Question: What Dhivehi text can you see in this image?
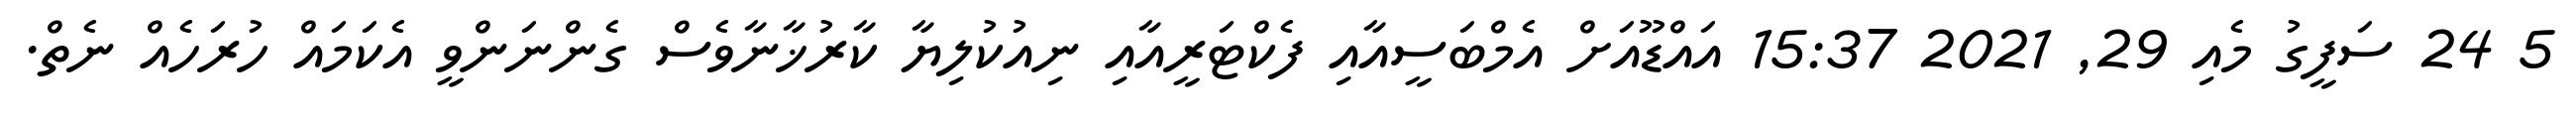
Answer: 5 24 ސަފީގު މެއި 29, 2021 15:37 އައްޑޫއަށް އެމްބަސީއާއި ފެކްޓަރީއާއި ނިއުކުލިޔާ ކާރުޚާނާވެސް ގެންނަންވީ އެކަމައް ހުރަހެއް ނެތް.